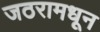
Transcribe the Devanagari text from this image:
जठरामधून